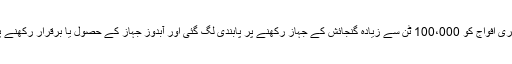
معاہدے کے تحت بحری افواج کو 100،000 ٹن سے زیادہ گنجائش کے جہاز رکھنے پر پابندی لگ گئی اور آبدوز جہاز کے حصول یا برقرار رکھنے پر پابندی عائد ہوگئی۔